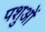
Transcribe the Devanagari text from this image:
पशुआें